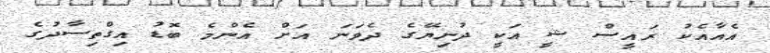
އެއާއެކު ރައީސް ޝީ އަކީ ދުނިޔޭގެ ދެވަނަ އަށް އެންމެ ބޮޑު އިގްތިސާދުގެ